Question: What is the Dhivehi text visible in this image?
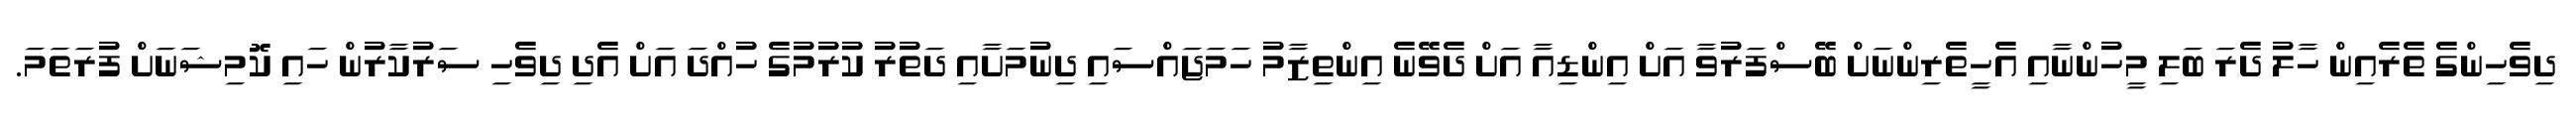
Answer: ދިވެހިންގެ ތެރެއިން ހާލު ދެރަ ބަލި މީހުންނާއި އެހީތެރިންނަށް ބޭސްފަރުވާ އަށް އިންޑިއާ އަށް ދެވޭނެ އިންތިޒާމު ހަމަޖައްސައި ދިނުމަށާއި ދަތުރު ކުރުމުގެ ހުއްދަ އަށް އެދި ދިވެހި ސަރުކާރުން ހައި ކޮމިޝަނަށް ފުރަތަމަ.